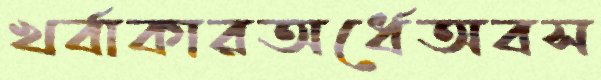
খর্বাকারঅর্ধেঅবস